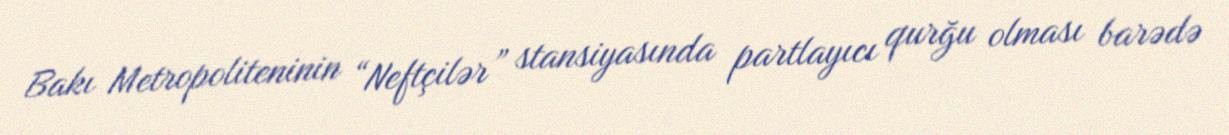
Bakı Metropoliteninin “Neftçilər” stansiyasında partlayıcı qurğu olması barədə